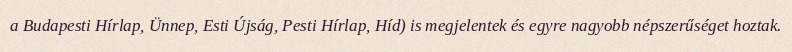
a Budapesti Hírlap, Ünnep, Esti Újság, Pesti Hírlap, Híd) is megjelentek és egyre nagyobb népszerűséget hoztak.